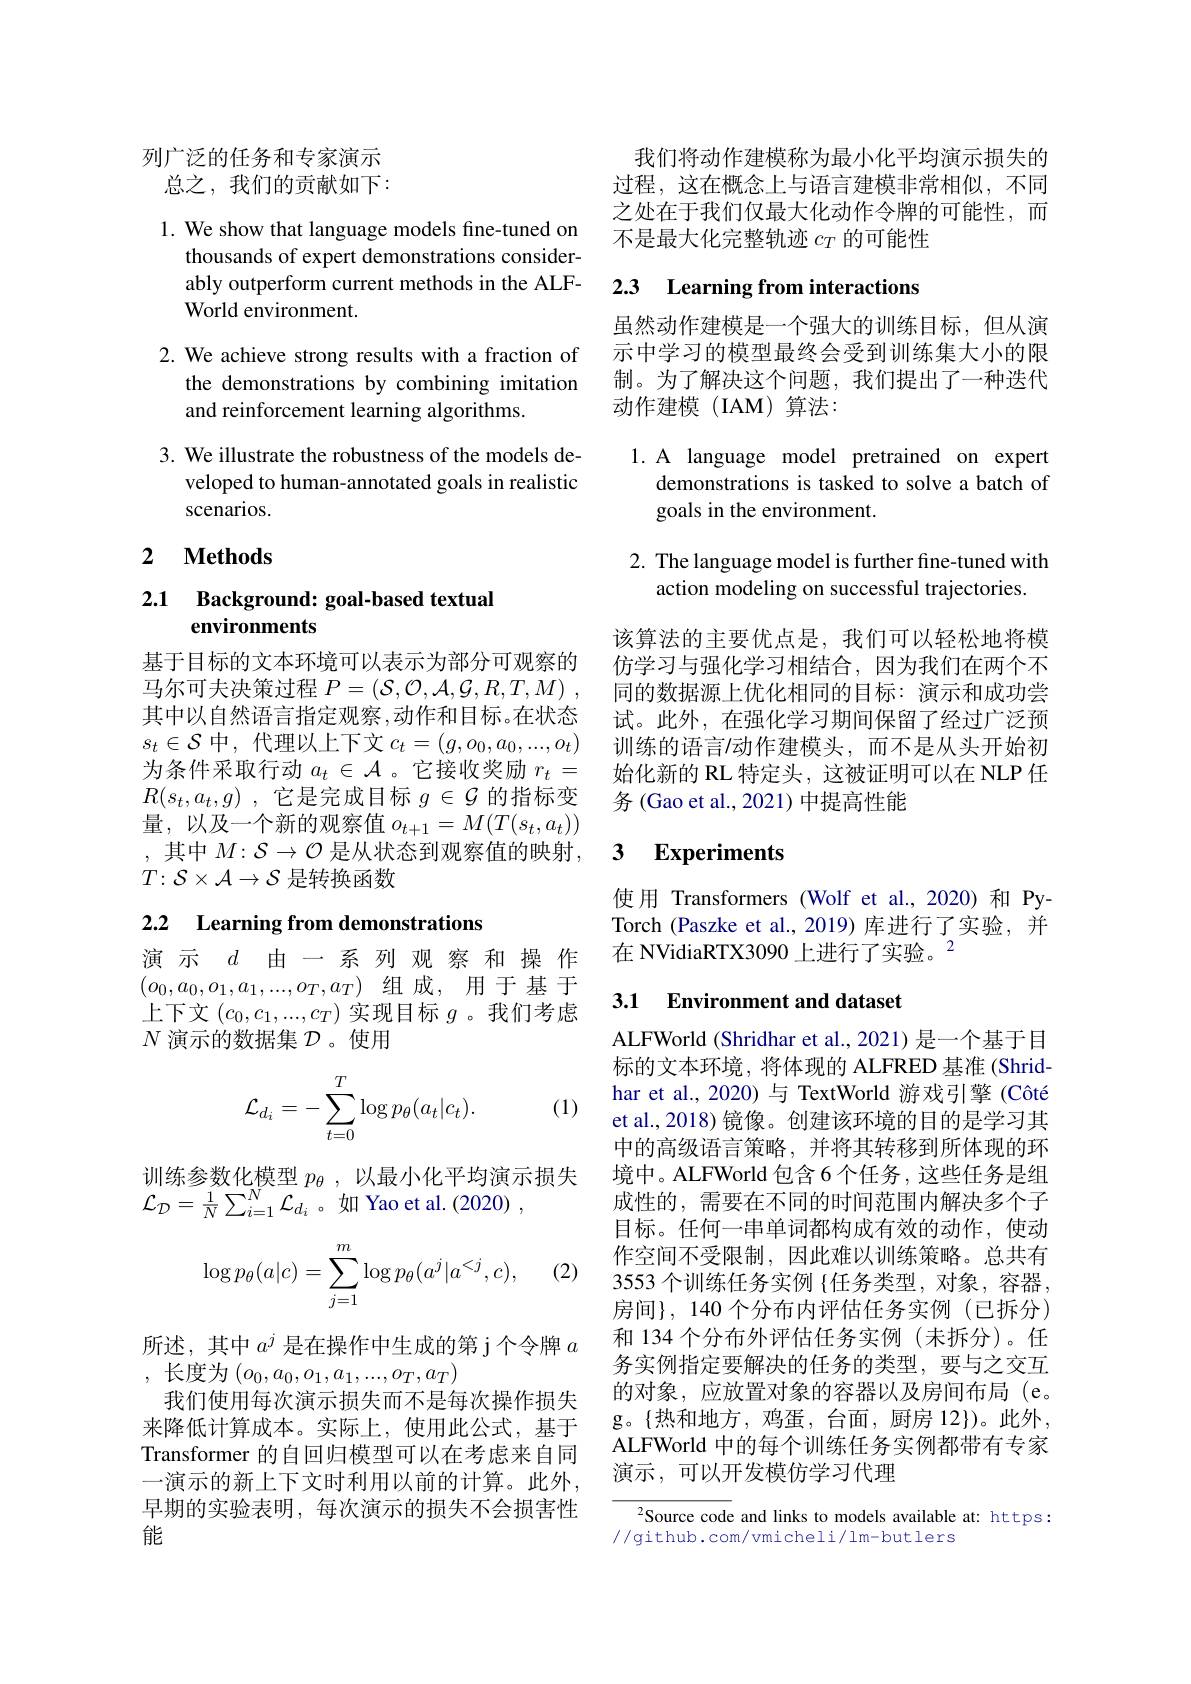
列广泛的任务和专家演示
总之，我们的贡献如下：

1. We show that language models fine-tuned on
thousands of expert demonstrations considerably outperform current methods in the ALFWorld environment.

2. We achieve strong results with a fraction of
the demonstrations by combining imitation
and reinforcement learning algorithms.

3. We illustrate the robustness of the models de-
veloped to human-annotated goals in realistic
scenarios.

## 2 $\textbf{Methods}$

# 2.1 Background: goal-based textual environments

基于目标的文本环境可以表示为部分可观察的马尔可夫决策过程$P= ( \mathcal{S} , \mathcal{O} , \mathcal{A} , \mathcal{G} , R, T, M)$ , 其中以自然语言指定观察，动作和目标。在状态$s_t\in\mathcal{S}$中，代理以上下文$c_t=(g,o_0,a_0,...,o_t)$ 为条件采取行动$a_t\in\mathcal{A}$ 。它接收奖励$r_t=$ $R( s_{t}, a_{t}, g)$ ,它是完成目标$g\in\mathcal{G}$的指标变量，以及一个新的观察值$o_t+1=M(T(s_t,a_t))$ ,其中$M:\mathcal{S}\to\mathcal{O}$是从状态到观察值的映射， $T\colon\mathcal{S}\times\mathcal{A}\to\mathcal{S}$是转换函数

## 2.2 Learning from demonstrations 演 示$d$由一系 列 观 察 和 操 作 在 NVidiaRTX3090 上进行了实验。$^{2}$

$(o_0,a_0,o_1,a_1,...,o_T,a_T)$组成，用于基于上下文$(c_0,c_1,...,c_T)$实现目标$g$ 。我们考虑$N$演示的数据集$\mathcal{D}$。使用
$$\mathcal{L}_{d_i}=-\sum_{t=0}^T\log p_\theta(a_t|c_t).$$
(1)

训练参数化模型$p_\theta$,以最小化平均演示损失
$\mathcal{L}_{\mathcal{D}}=\frac1N\sum_{i=1}^{N}\mathcal{L}_{d_{i}}$。如 Yao et al.(2020) ,

(2)
$$\log p_\theta(a|c)=\sum_{j=1}^m\log p_\theta(a^j|a^{<j},c),$$
所述，其中$a^j$是在操作中生成的第 j 个令牌$a$
,长度为$(o_0,a_0,o_1,a_1,...,o_T,a_T)$

我们使用每次演示损失而不是每次操作损失来降低计算成本。实际上，使用此公式，基于Transformer 的自回归模型可以在考虑来自同一演示的新上下文时利用以前的计算。此外， 早期的实验表明，每次演示的损失不会损害性能

我们将动作建模称为最小化平均演示损失的过程，这在概念上与语言建模非常相似，不同之处在于我们仅最大化动作令牌的可能性，而不是最大化完整轨迹$c_T$的可能性

# 2.3 Learning from interactions

虽然动作建模是一个强大的训练目标，但从演示中学习的模型最终会受到训练集大小的限制。为了解决这个问题，我们提出了一种迭代
动作建模(IAM)算法：

1.A language model pretrained on expert
demonstrations is tasked to solve a batch of
goals in the environment.

2. The language model is further fine-tuned with
action modeling on successful trajectories.

该算法的主要优点是，我们可以轻松地将模仿学习与强化学习相结合，因为我们在两个不同的数据源上优化相同的目标：演示和成功尝试。此外，在强化学习期间保留了经过广泛预训练的语言/动作建模头，而不是从头开始初始化新的 RL 特定头，这被证明可以在 NLP 任务(Gao et al., 2021)中提高性能

### 3 $\textbf{Experiments}$

使用 Transformers (Wolf et al.,2020)和 PyTorch (Paszke et al., 2019) 库进行了实验，并

## 3.1 Environment and dataset

ALFWorld (Shridhar et al., 2021) 是一个基于目标的文本环境，将体现的 ALFRED 基准 (Shridhar et al.,2020) 与 TextWorld 游戏引擎 (Côté et al., 2018) 镜像。创建该环境的目的是学习其中的高级语言策略，并将其转移到所体现的环境中。ALFWorld 包含 6 个任务 , 这些任务是组成性的，需要在不同的时间范围内解决多个子目标。任何一串单词都构成有效的动作，使动作空间不受限制，因此难以训练策略。总共有3553 个训练任务实例 $\{$任务类型，对象，容器， 房间},140 个分布内评估任务实例(已拆分) 和 134 个分布外评估任务实例 (未拆分)。任务实例指定要解决的任务的类型，要与之交互的对象，应放置对象的容器以及房间布局 (e。g。{热和地方，鸡蛋，台面，厨房 12})。此外， ALFWorld 中的每个训练任务实例都带有专家演示，可以开发模仿学习代理

$^{2}$Source code and links to models available at: https:
//github.com/vmicheli/lm-butlers